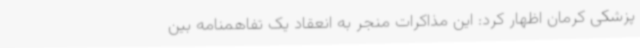
پزشکی کرمان اظهار کرد: این مذاکرات منجر به انعقاد یک تفاهمنامه بین